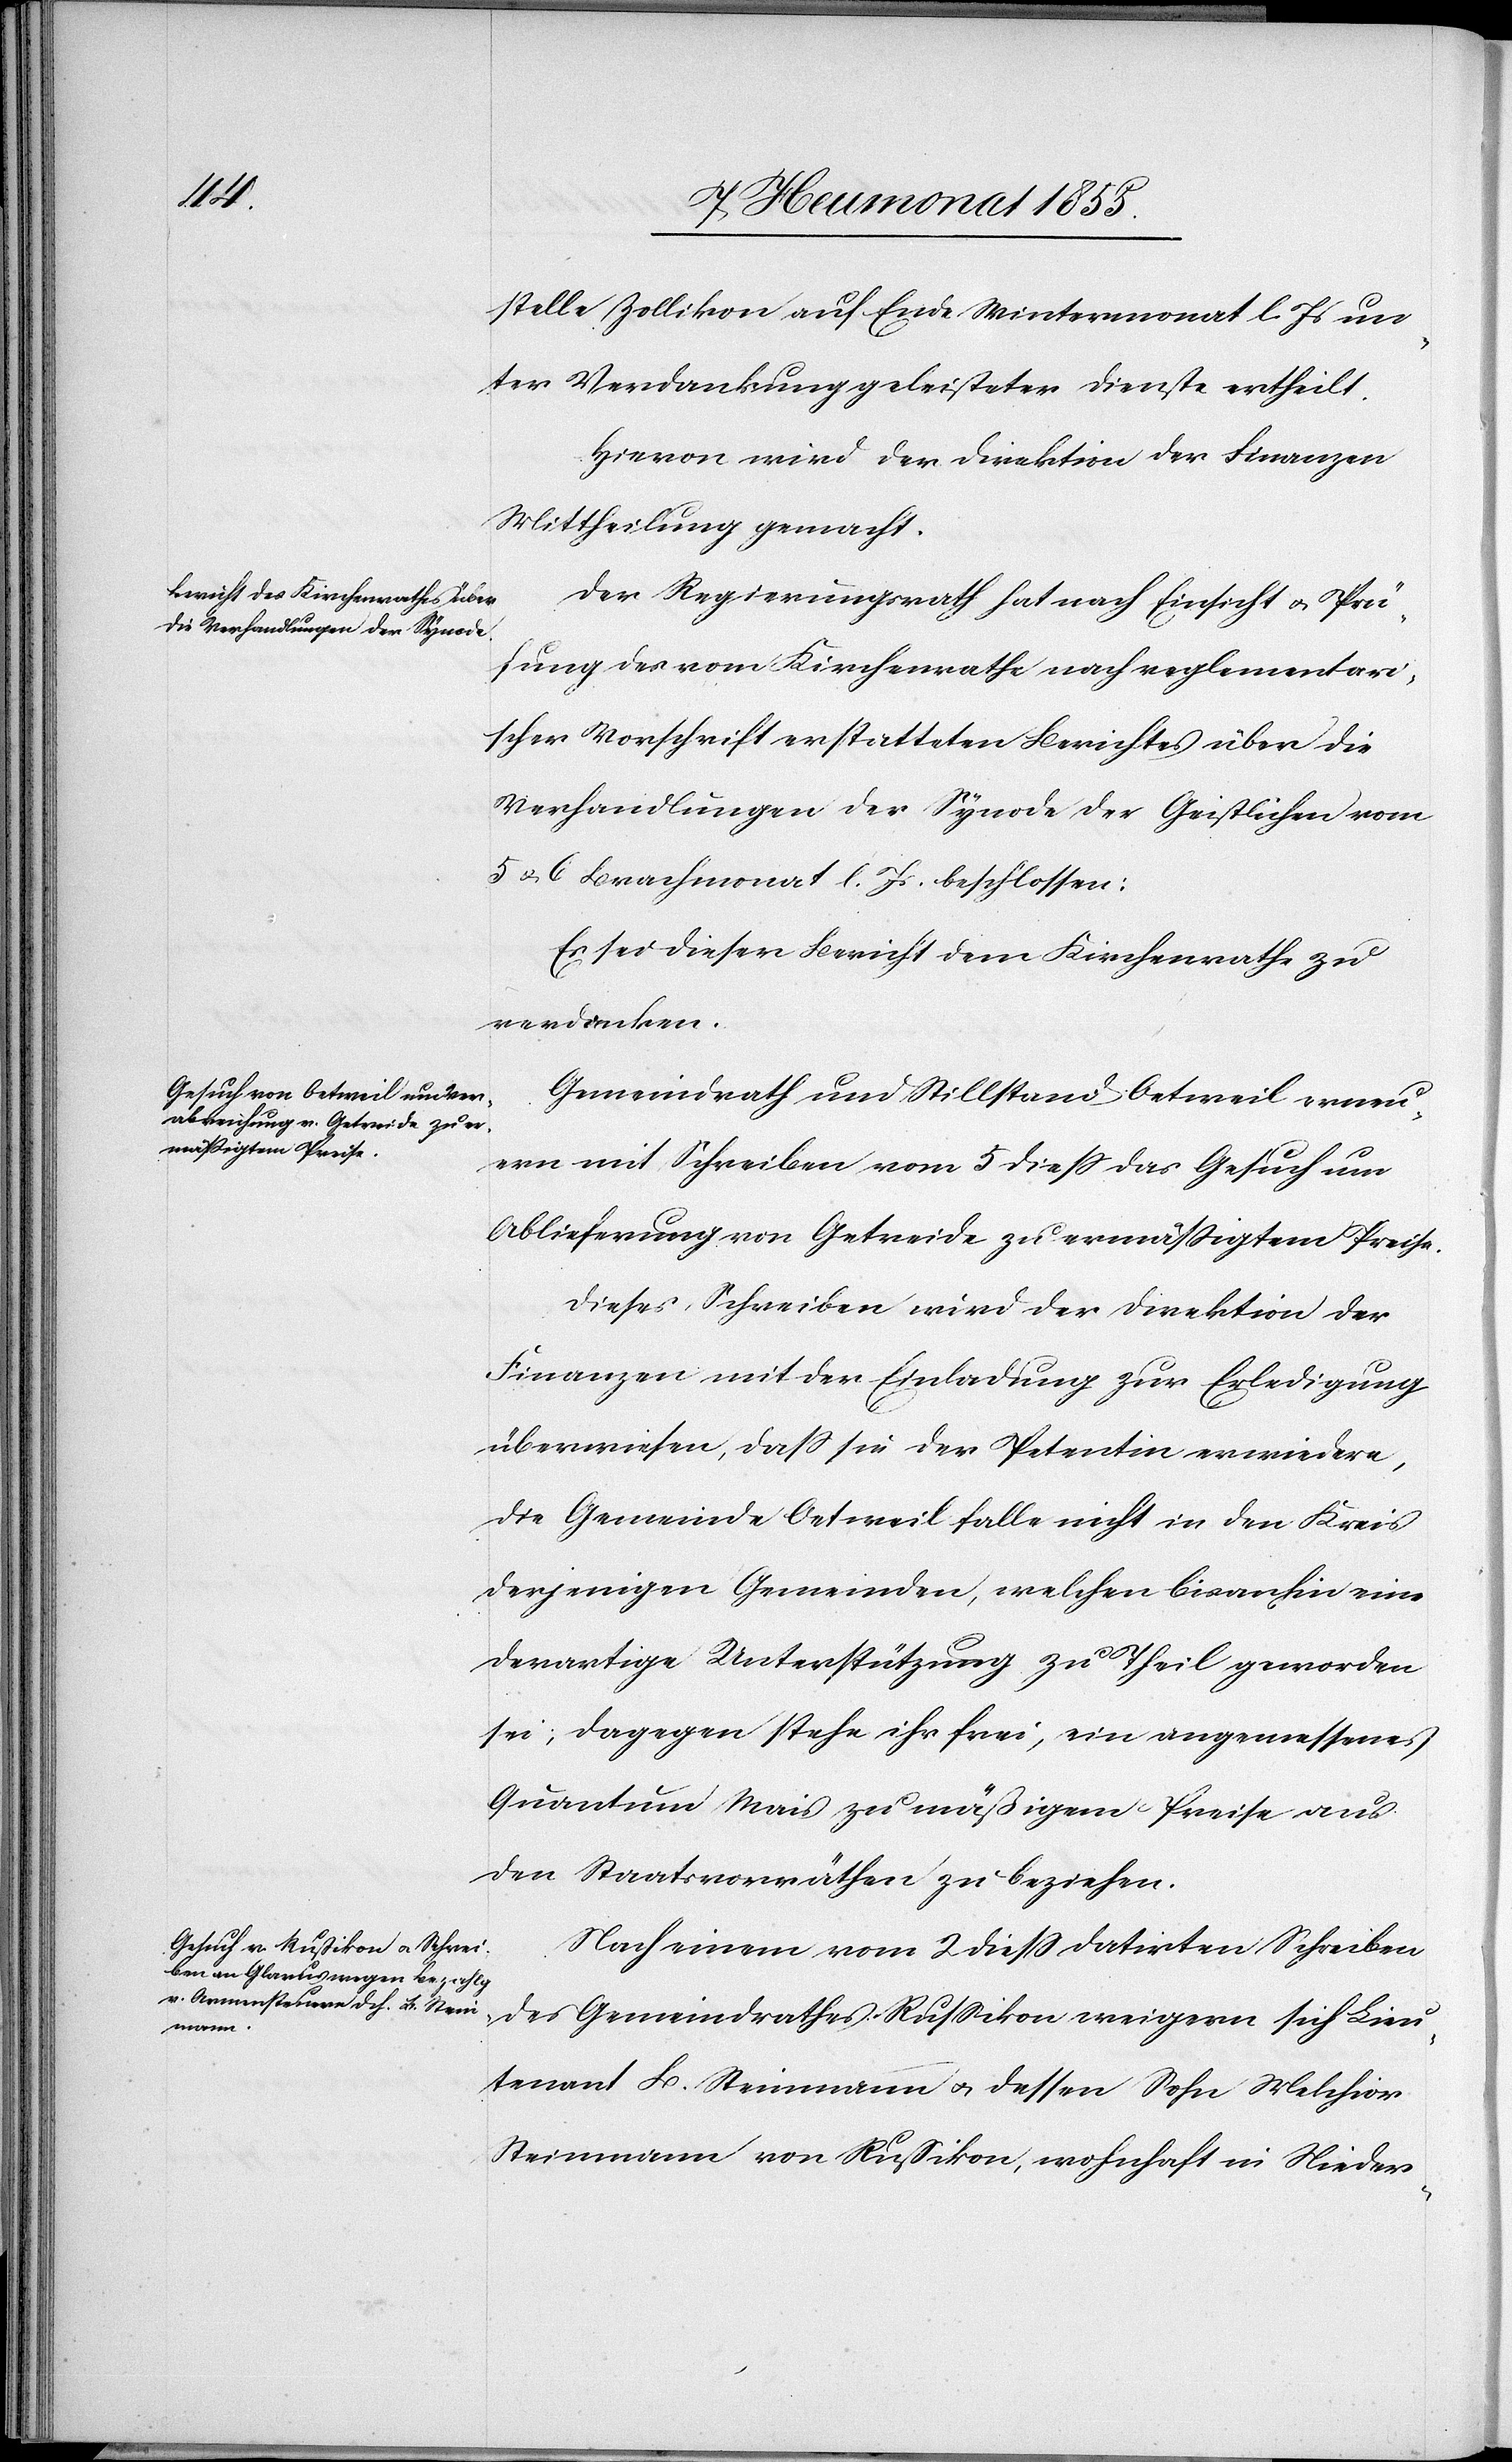
stelle Zollikon auf Ende Wintermonat l. Js un¬
ter Verdankung geleisteter Dienste ertheilt.
Hievon wird der Direktion der Finanzen
Mittheilung gemacht.
Der Regierungsrath hat nach Einsicht & Prü¬
fung des vom Kirchenrathe nach reglementari¬
scher Vorschrift erstatteten Berichtes über die
Verhandlungen der Synode der Geistlichen vom
5 & 6 Brachmonat l. Js. beschlossen:
Es sei dieser Bericht dem Kirchenrathe zu
verdanken.
Gemeindrath und Stillstand Oetweil erneu¬
ern mit Schreiben vom 5 diess das Gesuch um
Ablieferung von Getreide zu ermässigtem Preise.
Dieses Schreiben wird der Direktion der
Finanzen mit der Einladung zur Erledigung
überwiesen, dass sie der Petentin erwiedere,
die Gemeinde Oetweil falle nicht in den Kreis
derjenigen Gemeinden, welchen bisanhin eine
derartige Unterstützung zu Theil geworden
sei; dagegen stehe ihr frei, ein angemessenes
Quantum Mais zu mäßigem Preise aus
den Staatsvorräthen zu beziehen.
Nach einem vom 2 diess datirten Schreiben
des Gemeindrathes Russikon weigern sich Lieu¬
tenant B. Steinmann & dessen Sohn Melchior
Steinmann von Russikon, wohnhaft in Nieder-